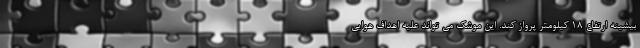
بیشینه ارتفاع 18 کیلومتر پرواز کند. این موشک می تواند علیه اهداف هوایی